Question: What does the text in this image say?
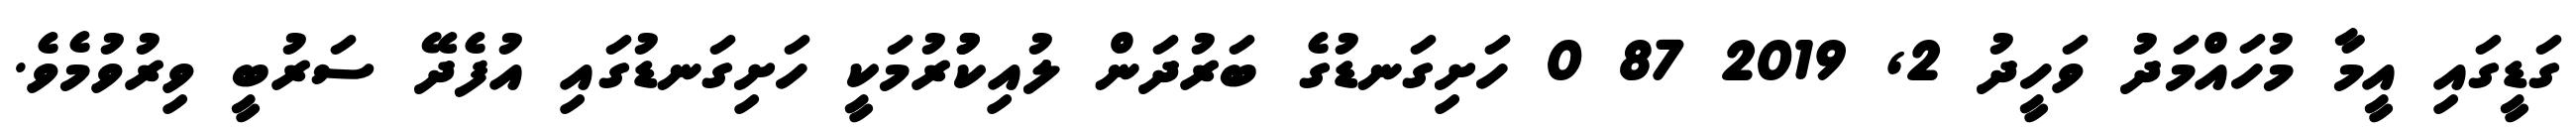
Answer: ގަޑީގައި އީމާ މުހައްމަދު ވަހީދު 2, 2019 87 0 ހަށިގަނޑުގެ ބަރުދަން ލުއިކުުރުމަކީ ހަށިގަނޑުގައި އުފެދޭ ސަރުބީ ވިރުވުމެވެ.